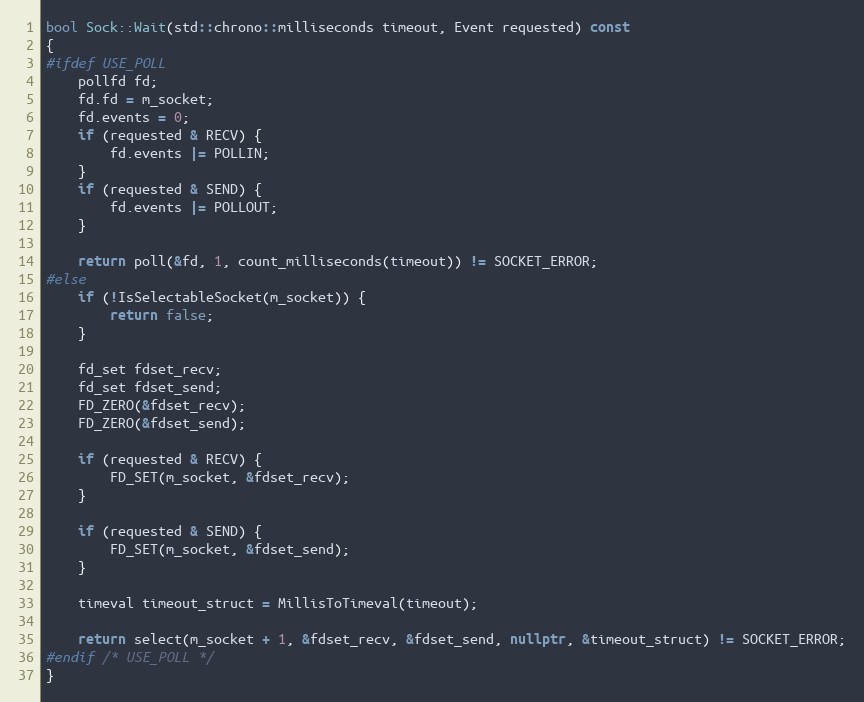
Language: C++
bool Sock::Wait(std::chrono::milliseconds timeout, Event requested) const
{
#ifdef USE_POLL
    pollfd fd;
    fd.fd = m_socket;
    fd.events = 0;
    if (requested & RECV) {
        fd.events |= POLLIN;
    }
    if (requested & SEND) {
        fd.events |= POLLOUT;
    }

    return poll(&fd, 1, count_milliseconds(timeout)) != SOCKET_ERROR;
#else
    if (!IsSelectableSocket(m_socket)) {
        return false;
    }

    fd_set fdset_recv;
    fd_set fdset_send;
    FD_ZERO(&fdset_recv);
    FD_ZERO(&fdset_send);

    if (requested & RECV) {
        FD_SET(m_socket, &fdset_recv);
    }

    if (requested & SEND) {
        FD_SET(m_socket, &fdset_send);
    }

    timeval timeout_struct = MillisToTimeval(timeout);

    return select(m_socket + 1, &fdset_recv, &fdset_send, nullptr, &timeout_struct) != SOCKET_ERROR;
#endif /* USE_POLL */
}